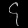
Digit: ၄